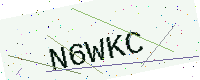
Text: N6WKC